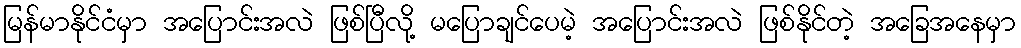
မြန်မာနိုင်ငံမှာ အပြောင်းအလဲ ဖြစ်ပြီလို့ မပြောချင်ပေမဲ့ အပြောင်းအလဲ ဖြစ်နိုင်တဲ့ အခြေအနေမှာ